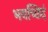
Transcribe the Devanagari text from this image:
भवच्छिदं